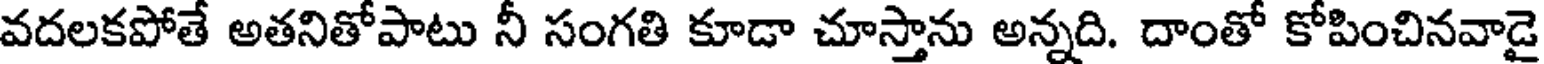
వదలకపోతే అతనితోపాటు నీ సంగతి కూడా చూస్తాను అన్నది. దాంతో కోపించినవాడై